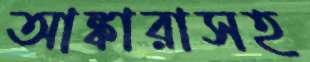
আঙ্কারাসহ